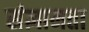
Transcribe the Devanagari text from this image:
संज्ञानता